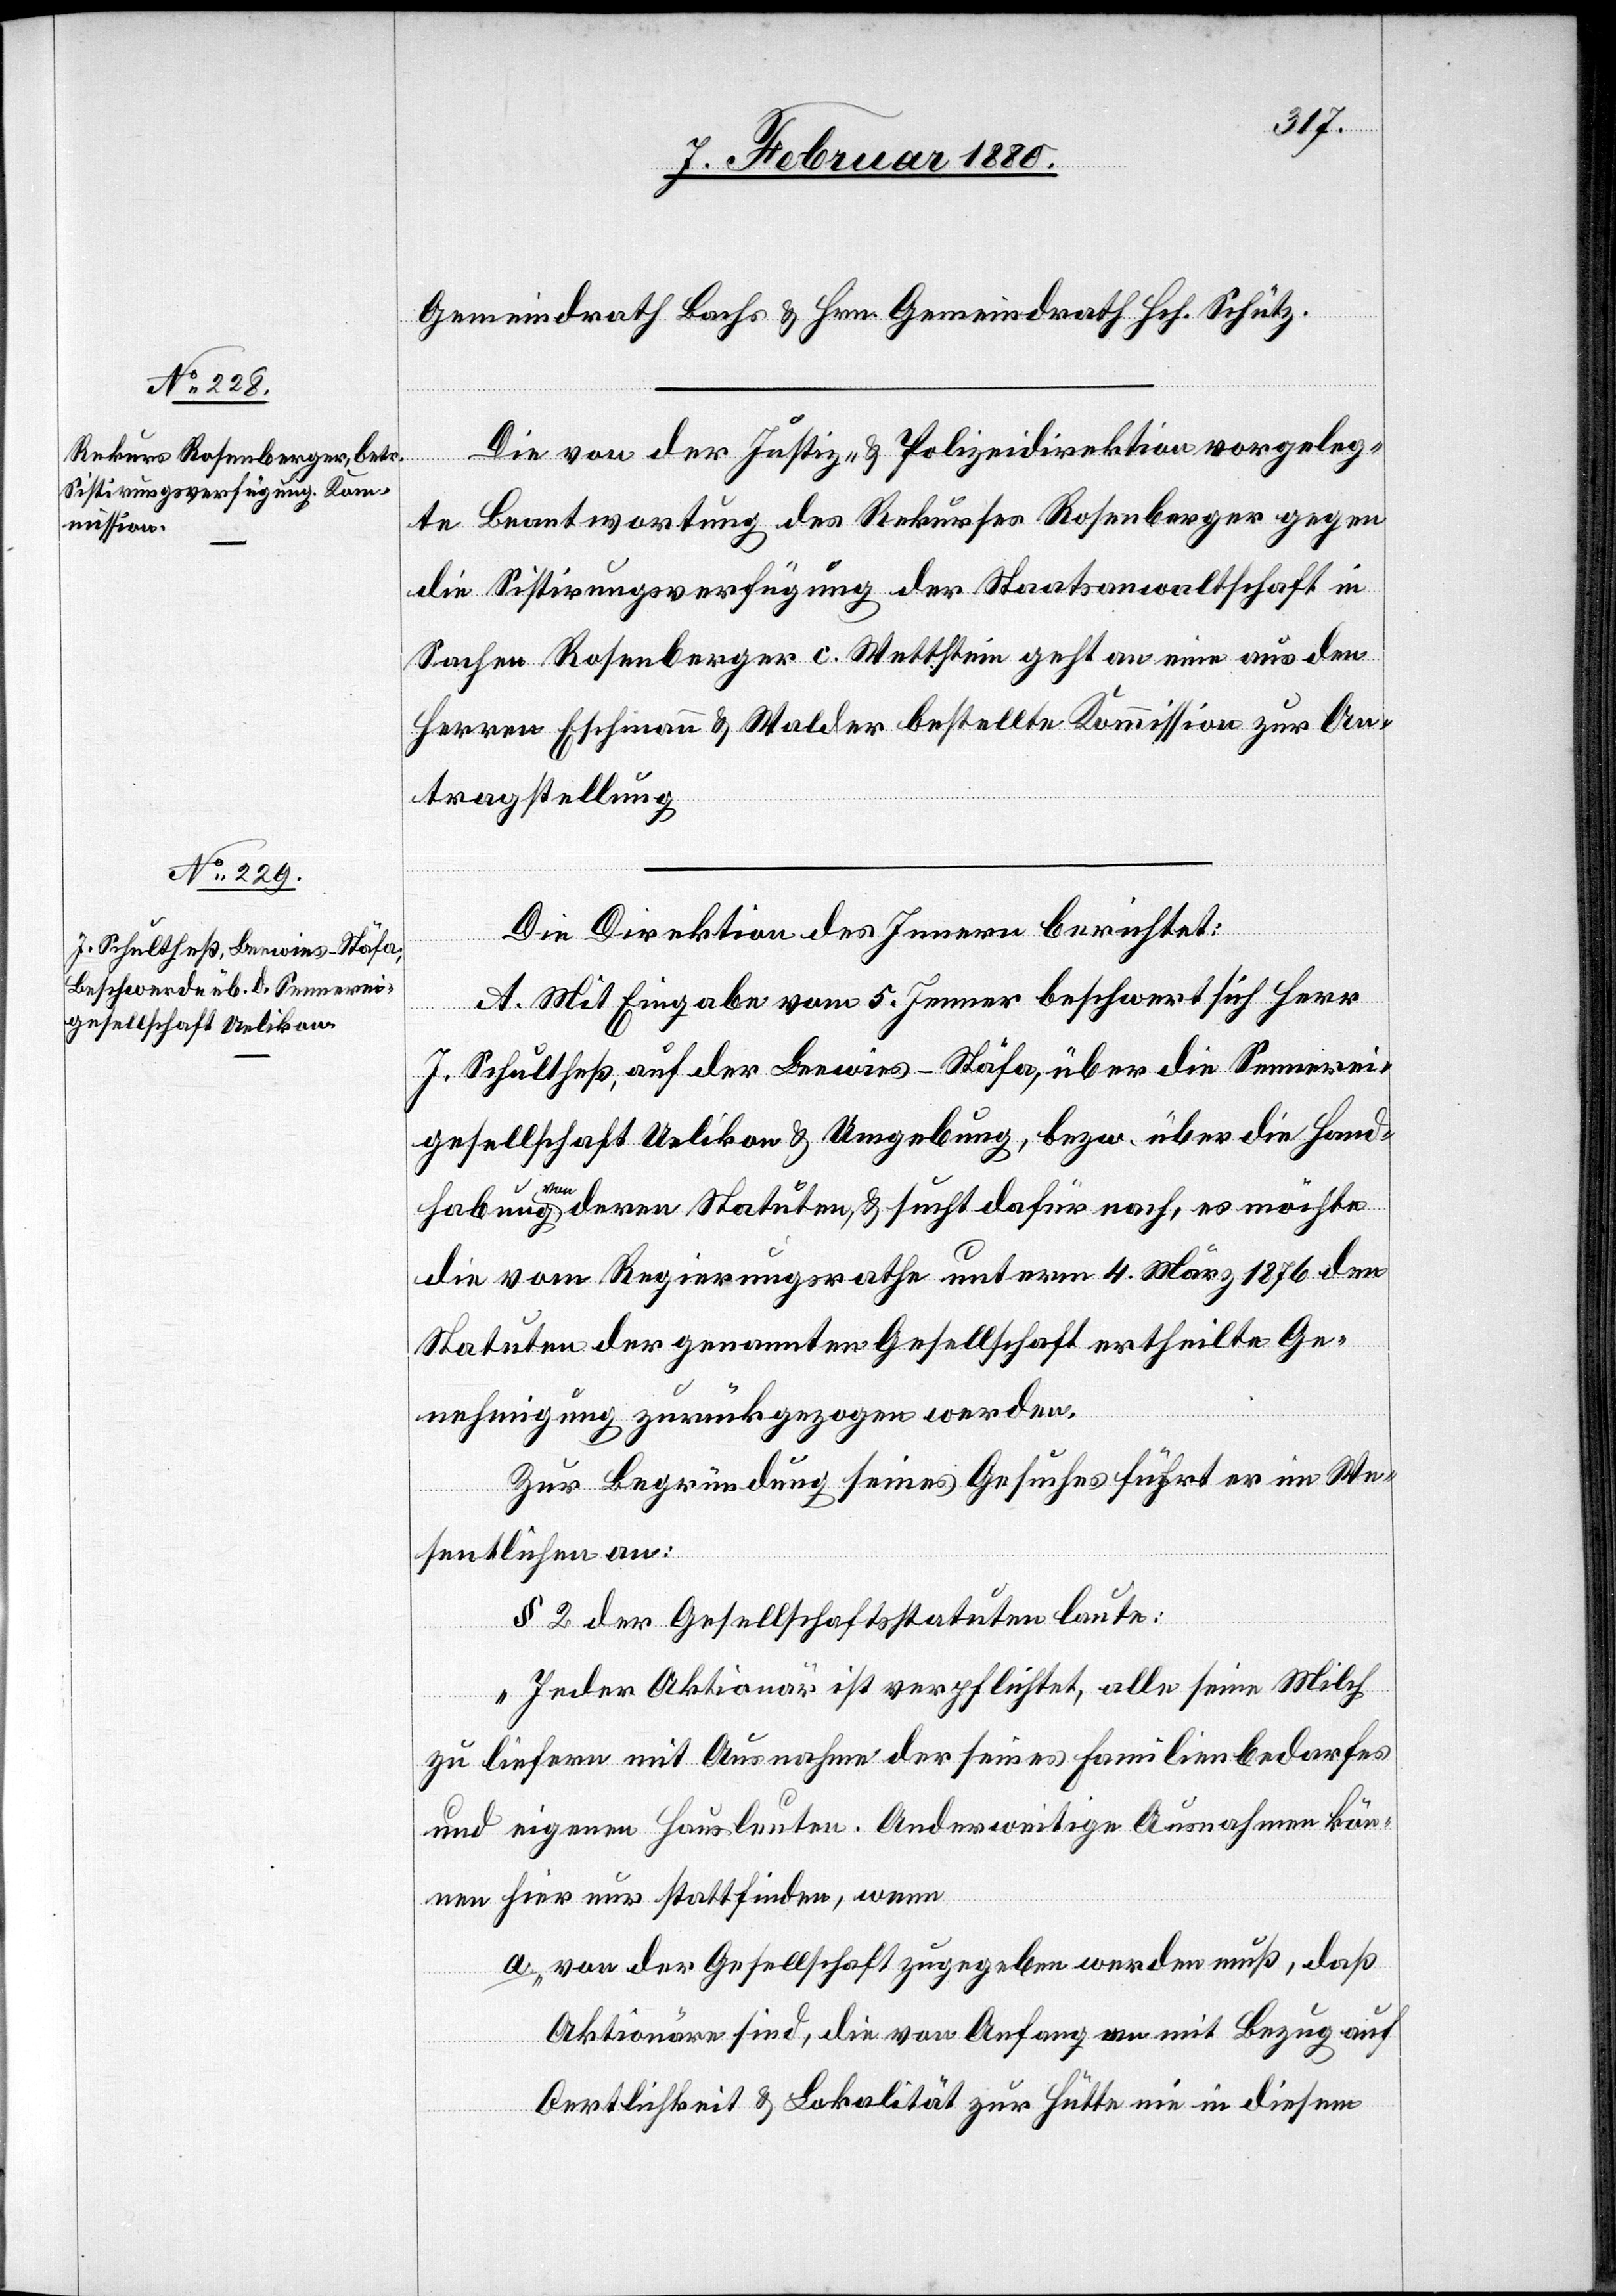
Gemeindrath Bachs & Hrn. Gemeindrath Hch. Schütz.
Die von der Justiz- & Polizeidirektion vorgeleg¬
te Beantwortung des Rekurses Rosenberger gegen
die Sistirungsverfügung der Staatsanwaltschaft in
Sachen Rosenberger c. Wettstein geht an eine aus den
Herren Eschmann & Walder bestellte Kommission zur An¬
tragstellung.
Die Direktion des Innern berichtet:
A. Mit Eingabe vom 5. Jenner beschwert sich Herr
J. Schultheß, auf der Leewies - Stäfa, über die Sennerei¬
gesellschaft Uelikon & Umgebung, bezw. über die Hand¬
habung von deren Statuten, & sucht dafür nach, es möchte
die vom Regierungsrathe unterm 4. März 1876 den
Statuten der genannten Gesellschaft ertheilte Ge¬
nehmigung zurückgezogen werden.
Zur Begründung seines Gesuches führt er im We¬
sentlichen an:
§ 2 der Gesellschaftsstatuten laute:
„Jeder Aktionär ist verpflichtet, alle seine Milch
zu liefern mit Ausnahme der seines Familienbedarfes
und eigenen Hausleuten. Anderweitige Ausnahmen kön¬
nen hier nur stattfinden, wenn
a. von der Gesellschaft zugegeben werden muß, daß
Aktionäre sind, die von Anfang an mit Bezug auf
Oertlichkeit & Lokalität zur Hütte ein in diesem